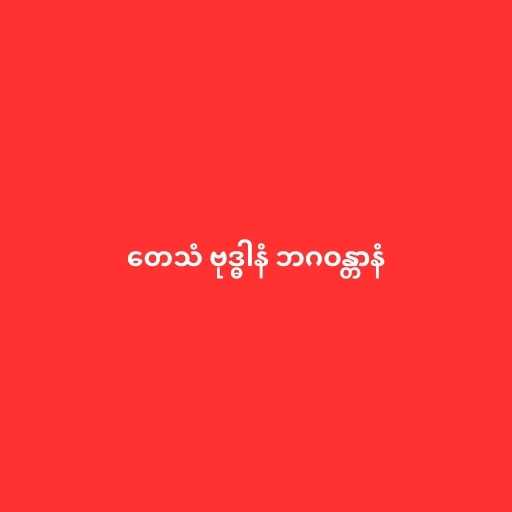
တေသံ ဗုဒ္ဓါနံ ဘဂဝန္တာနံ